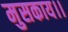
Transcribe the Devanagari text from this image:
मुसकाय।।